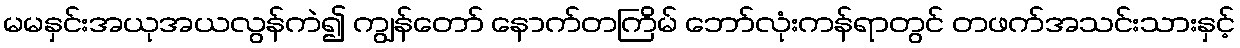
မမနှင်းအယုအယလွန်ကဲ၍ ကျွန်တော် နောက်တကြိမ် ဘော်လုံးကန်ရာတွင် တဖက်အသင်းသားနှင့်